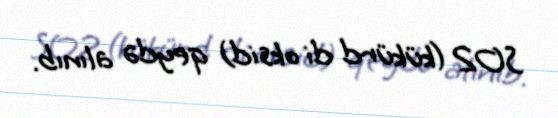
SO2 (kükürd di oksid) qeydə alınıb.